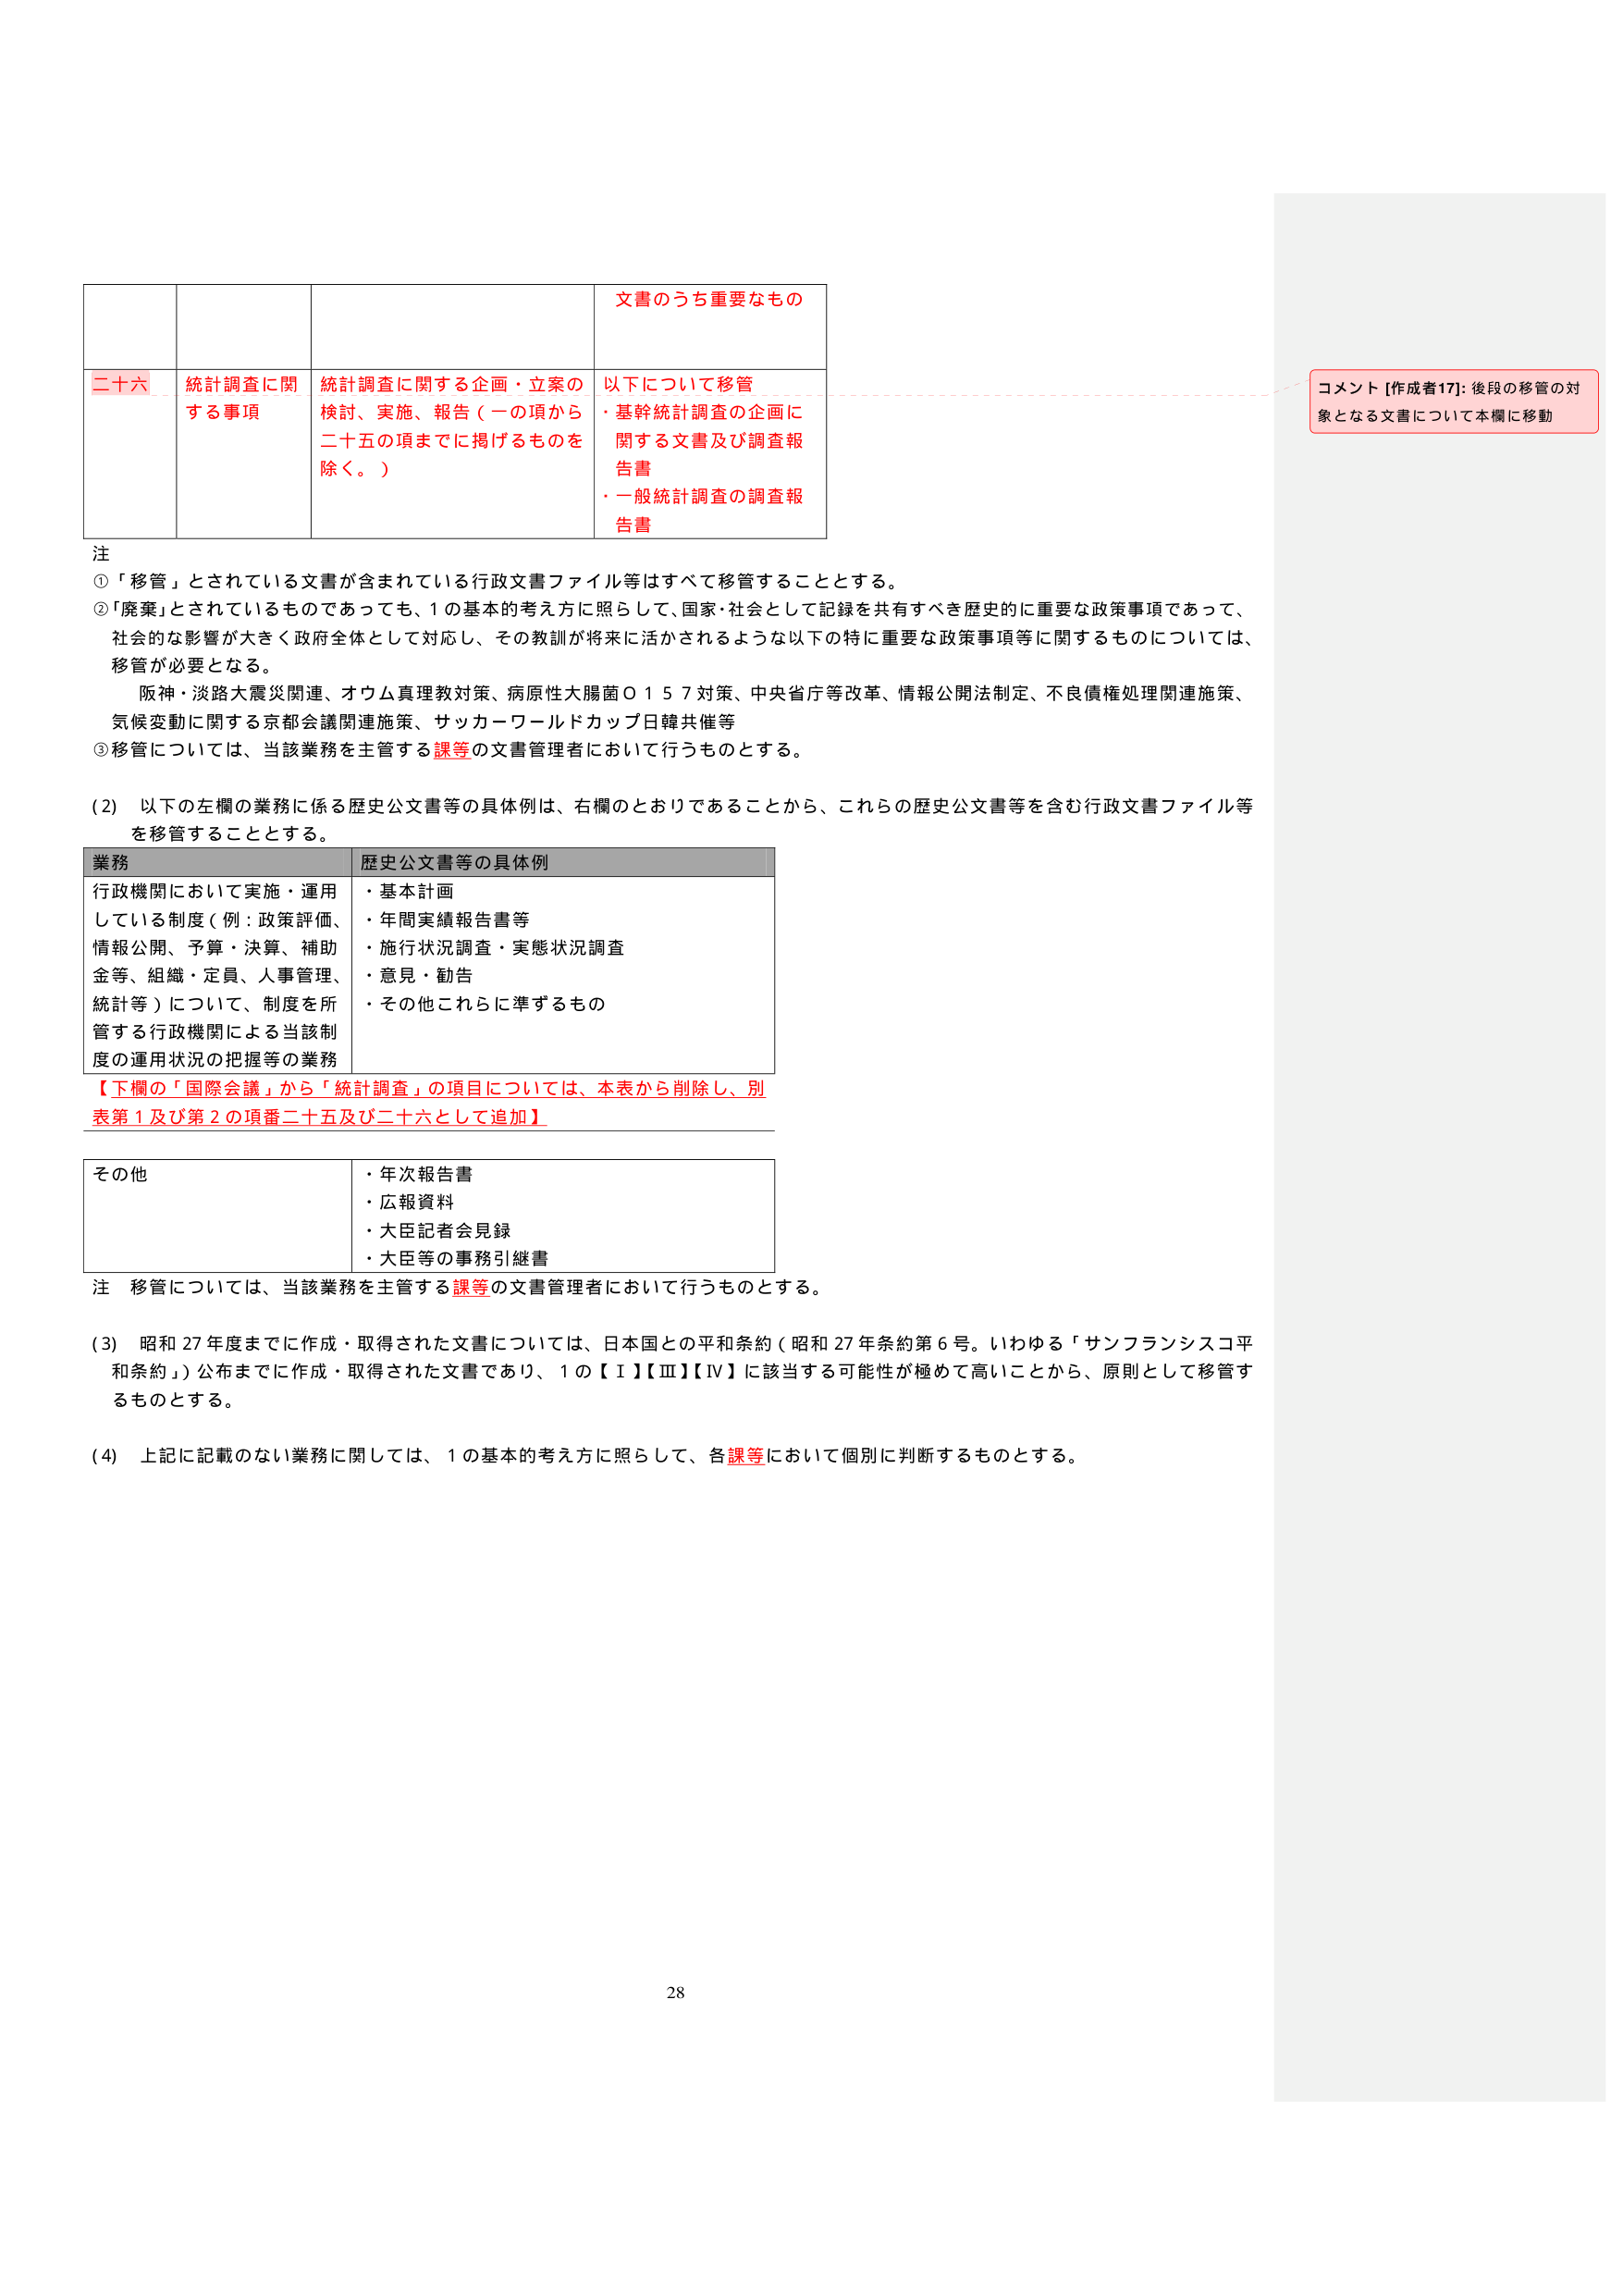
二十六 統計調査に関する事項 統計調査に関する企画・立案の検討、実施、報告（一の項から二十五の項までに掲げるものを除く。） 文書のうち重要なもの 以下について移管 ・基幹統計調査の企画に関する文書及び調査報告書 ・一般統計調査の調査報告書

注
①「移管」とされている文書が含まれている行政文書ファイル等はすべて移管することとする。
②「廃棄」とされているものであっても、1の基本的考え方に照らして、国家・社会として記録を共有すべき歴史的に重要な政策事項であって、社会的な影響が大きく政府全体として対応し、その教訓が将来に活かされるような以下の特に重要な政策事項等に関するものについては、移管が必要となる。
阪神・淡路大震災関連、オウム真理教対策、病原性大腸菌Ｏ１５７対策、中央省庁等改革、情報公開法制定、不良債権処理関連施策、気候変動に関する京都会議関連施策、サッカーワールドカップ日韓共催等
③移管については、当該業務を主管する課等の文書管理者において行うものとする。

(2) 以下の左欄の業務に係る歴史公文書等の具体例は、右欄のとおりであることから、これらの歴史公文書等を含む行政文書ファイル等を移管することとする。

業務 歴史公文書等の具体例
行政機関において実施・運用している制度（例：政策評価、情報公開、予算・決算、補助金等、組織・定員、人事管理、統計等）について、制度を所管する行政機関による当該制度の運用状況の把握等の業務
・基本計画
・年間実績報告書等
・施行状況調査・実態状況調査
・意見・勧告
・その他これらに準ずるもの

【下欄の「国際会議」から「統計調査」の項目については、本表から削除し、別表第1及び第2の項番二十五及び二十六として追加】

その他
・年次報告書
・広報資料
・大臣記者会見録
・大臣等の事務引継書

注 移管については、当該業務を主管する課等の文書管理者において行うものとする。

(3) 昭和27年度までに作成・取得された文書については、日本国との平和条約（昭和27年条約第6号。いわゆる「サンフランシスコ平和条約」）公布までに作成・取得された文書であり、1の【Ⅰ】【Ⅲ】【Ⅳ】に該当する可能性が極めて高いことから、原則として移管するものとする。

(4) 上記に記載のない業務に関しては、1の基本的考え方に照らして、各課等において個別に判断するものとする。

コメント [作成者17]: 後段の移管の対象となる文書について本欄に移動

28